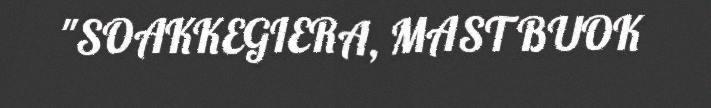
"SOAKKEGIERA, MAST BUOK